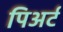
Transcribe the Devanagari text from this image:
पिअर्ट